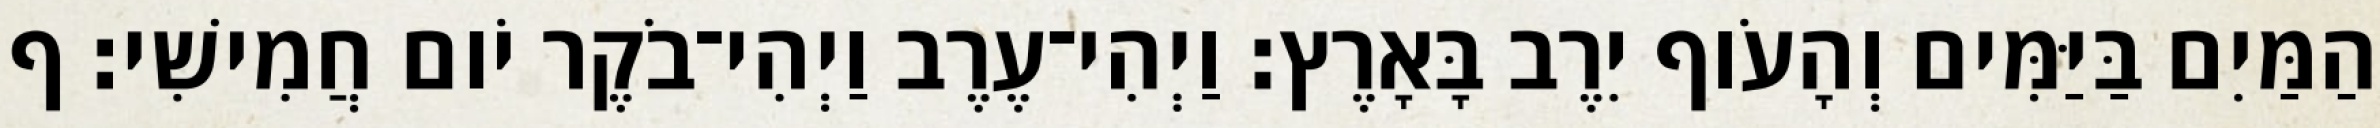
הַמַּיִם בַּיַּמִּים וְהָעֹוף יִרֶב בָּאָרֶץ׃ וַיְהִי־עֶרֶב וַיְהִי־בֹקֶר יֹום חֲמִישִׁי׃ ף